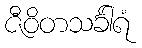
ဇီဝိတသင်္ခါရံ